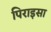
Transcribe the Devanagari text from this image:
पिराइसा